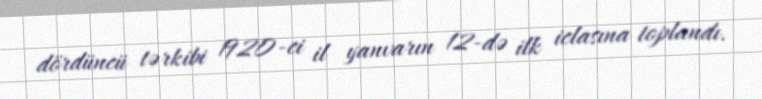
dördüncü tərkibi 1920-ci il yanvarın 12-də ilk iclasına toplandı.